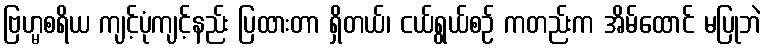
ဗြဟ္မစရိယ ကျင့်ပုံကျင့်နည်း ပြထားတာ ရှိတယ်၊ ငယ်ရွယ်စဉ် ကတည်းက အိမ်ထောင် မပြုဘဲ